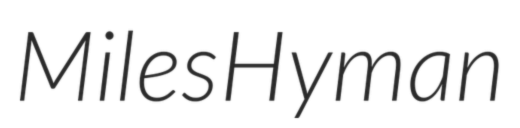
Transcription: Miles Hyman